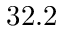
3 2 . 2